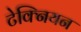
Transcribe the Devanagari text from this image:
टेक्नियन